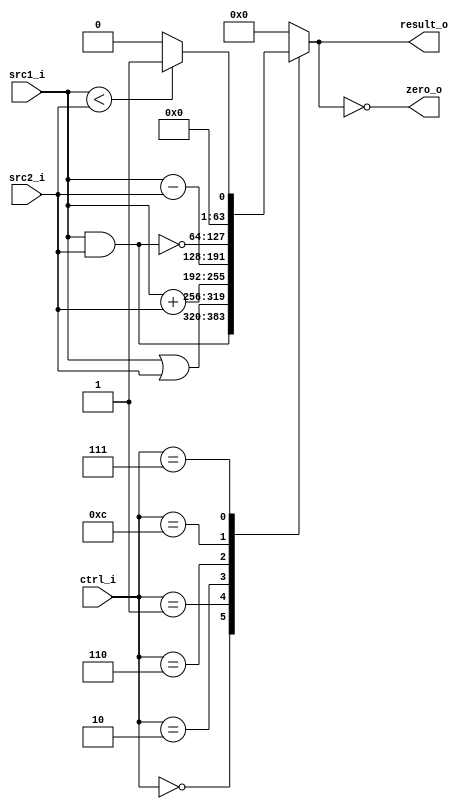
//Subject:     CO project 2 - ALU
//--------------------------------------------------------------------------------
//Version:     1
//--------------------------------------------------------------------------------
//Writer:      Naveno
//----------------------------------------------
//Date:        
//----------------------------------------------
//Description: 
//--------------------------------------------------------------------------------

module ALU(
    src1_i,
	src2_i,
	ctrl_i,
	result_o,
	zero_o
	);
     
//I/O ports
input signed [64-1:0]  src1_i;
input signed [64-1:0]  src2_i;
input  [4-1:0]   ctrl_i;

output signed [64-1:0]	 result_o;
output           zero_o;

//Internal signals
reg  signed  [64-1:0]  result_o;
wire             zero_o;	

//Main function
assign zero_o = (result_o == 0); //if result_o == 0

always @(ctrl_i, src1_i, src2_i) begin
  case (ctrl_i)
    4'b0000: 
    begin
        result_o <= src1_i & src2_i;
    end
    4'b0001  : 
    begin
        result_o <= src1_i | src2_i;
    end
    4'b0010 : 
    begin
    result_o <= src1_i + src2_i;
    end
    4'b0110 : 
    begin
        result_o <= src1_i - src2_i;
    end
    4'b1100 : 
    begin
        result_o <= ~(src1_i & src2_i);
    end
    4'b0111 : 
    begin
        result_o <= (src1_i < src2_i) ? 1 : 0;
    end
    default : result_o <= 0;
  endcase
end


endmodule